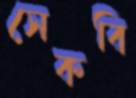
সেকবি